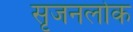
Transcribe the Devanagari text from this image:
सृजनलोक